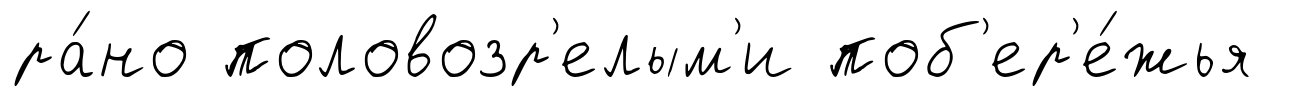
ра́но половозр'елым'и поб'ер'е́жья